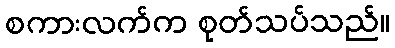
စကားလက်က စုတ်သပ်သည်။